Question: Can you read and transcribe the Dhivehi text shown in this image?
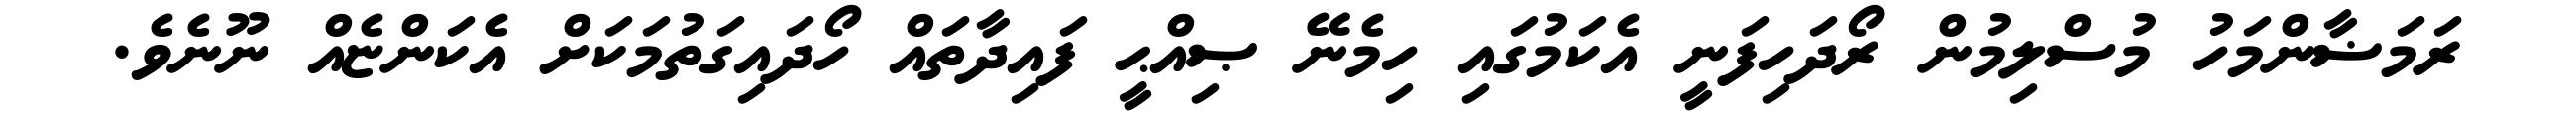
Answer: ރަމަޟާންމަހު މުސްލިމުން ރޯދަހިފަނީ އެކަމުގައި ހިމެނޭ ޞިއްޙީ ފައިދާތައް ހޯދައިގަތުމަކަށް އެކަންޏެއް ނޫނެވެ.